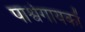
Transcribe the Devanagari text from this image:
पार्श्वगायकों